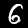
Label: 6